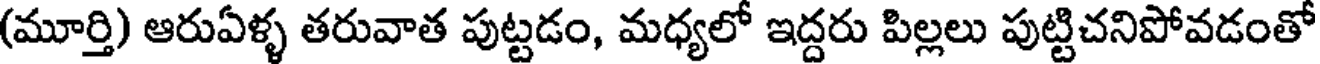
(మూర్తి) ఆరుఏళ్ళ తరువాత పుట్టడం, మధ్యలో ఇద్దరు పిల్లలు పుట్టిచనిపోవడంతో